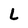
Character: L